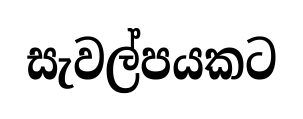
සැවල්පයකට